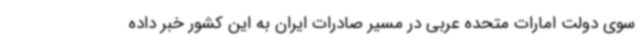
سوی دولت امارات متحده عربی در مسیر صادرات ایران به این کشور خبر داده